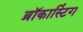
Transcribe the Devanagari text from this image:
ब्रॉकास्टिंग